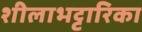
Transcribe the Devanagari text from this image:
शीलाभट्टारिका